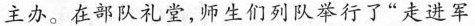
主办。在部队礼堂，师生们列队举行了”走进军